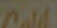
Call